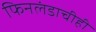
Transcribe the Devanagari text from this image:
फिनलंडाचीही